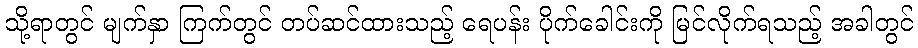
သို့ရာတွင် မျက်နှာ ကြက်တွင် တပ်ဆင်ထားသည့် ရေပန်း ပိုက်ခေါင်းကို မြင်လိုက်ရသည့် အခါတွင်